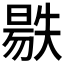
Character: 𣉺